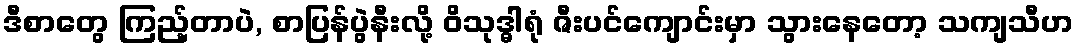
ဒီစာတွေ ကြည့်တာပဲ, စာပြန်ပွဲနီးလို့ ဝိသုဒ္ဓါရုံ ဇီးပင်ကျောင်းမှာ သွားနေတော့ သကျသီဟ